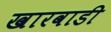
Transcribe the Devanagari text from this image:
खारवाडी